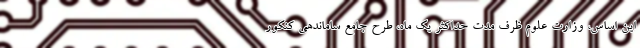
این اساس، وزارت علوم ظرف مدت حداکثر یک ماه، طرح جامع ساماندهی کنکور